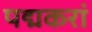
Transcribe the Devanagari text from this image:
पद्मकरां